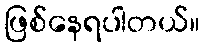
ဖြစ်နေရပါတယ်။